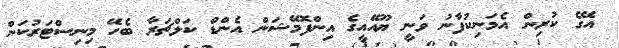
އޭގެ ކުރިން އެމަނިކުފާނު ވަނީ ޔޫއޭއީގެ އިންފޮމޭޝަން އެންޑް ކަލްޗަރާ ބެހޭ މިނިސްޓަރުކަން